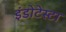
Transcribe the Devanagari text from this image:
इंडोटेस्टा